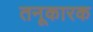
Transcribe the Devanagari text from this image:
तनूकारक